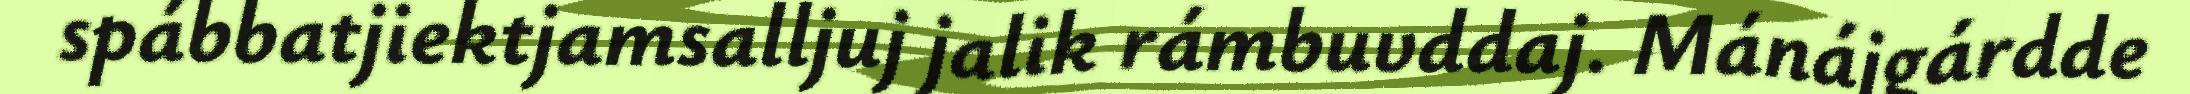
spábbatjiektjamsalljuj jalik rámbuvddaj. Mánájgárdde